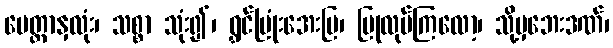
မေတ္တာနှလုံး၊ သစ္စာ သုံး၍၊ ရွှင်ပြုံးအေးမြ၊ ပြုလုပ်ကြလော့၊ သို့မှဘေးဒဏ်၊